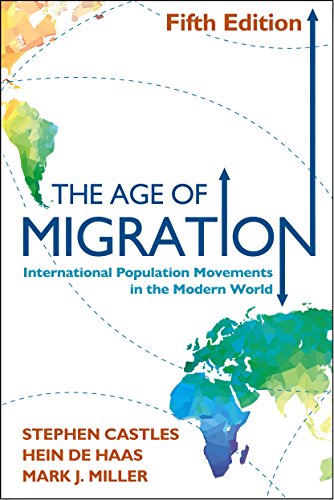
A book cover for The Age of Migration, Fifth Edition: International Population Movements in the Modern World; Stephen Castles; Politics & Social Sciences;